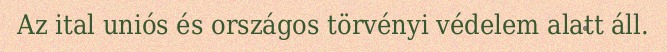
Az ital uniós és országos törvényi védelem alatt áll.